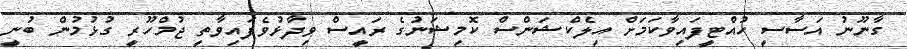
ގާނޫނު އަސާސީ ހުއްޓީފައިވާކަމަށް އިލެކްޝަންސް ކޮމިޝަނުގެ ރައީސް ވިދާޅުވެފައިވާތީ ޖުމްހޫރީ ގުޅުމުން ބުނީ